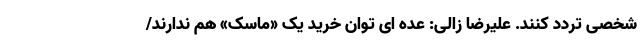
شخصی تردد کنند. علیرضا زالی: عده ای توان خرید یک «ماسک» هم ندارند/